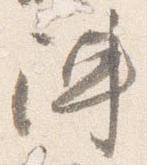
陣